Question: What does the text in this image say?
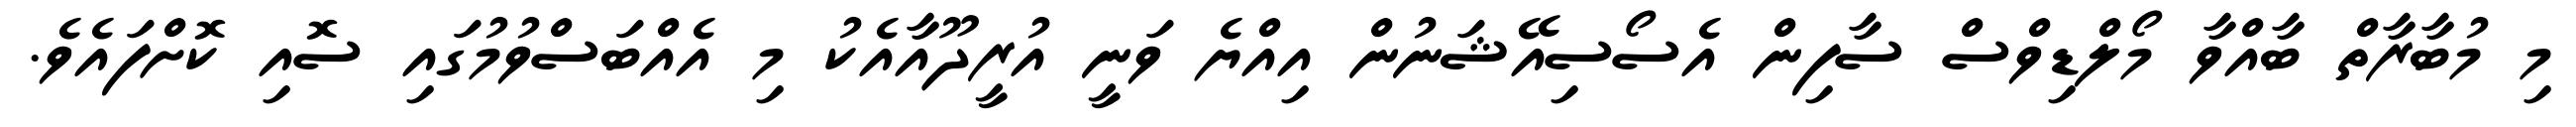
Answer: މި މުބާރާތް ބާއްވާ މޯލްޑިވްސް ސާފިން އެސޯސިއޭޝަނުން އިއްޔެ ވަނީ އުރީދޫއާއެކު މި އެއްބަސްވުމުގައި ސޮއި ކޮށްފައެވެ.